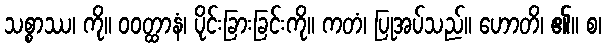
သစ္စာဿ၊ ကို။ ဝဝတ္ထာနံ၊ ပိုင်းခြားခြင်းကို။ ကတံ၊ ပြုအပ်သည်။ ဟောတိ၊ ၏။ စ၊